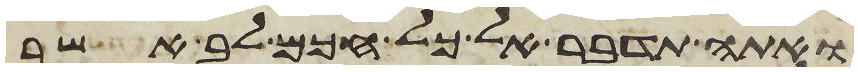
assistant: ואתה תדבר אל כל חכם לב אשר